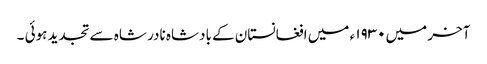
آخر میں۱۹۳۰ ء میں افغانستان کے بادشاہ نادر شاہ سے تجدید ہوئی ۔